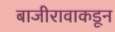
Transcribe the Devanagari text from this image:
बाजीरावाकडून